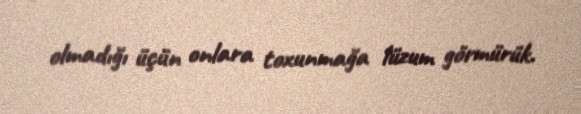
olmadığı üçün onlara toxunmağa lüzum görmürük.